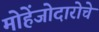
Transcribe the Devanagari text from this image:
मोहेंजोदारोचे